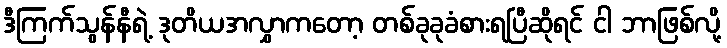
ဒီကြက်သွန်နီရဲ့ ဒုတိယအလွှာကတော့ တစ်ခုခုခံစားရပြီဆိုရင် ငါ ဘာဖြစ်လို့